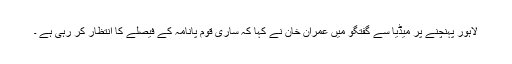
لاہور پہنچنے پر میڈیا سے گفتگو میں عمران خان نے کہا کہ ساری قوم پانامہ کے فیصلے کا انتظار کر رہی ہے ۔